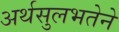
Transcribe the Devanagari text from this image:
अर्थसुलभतेने